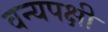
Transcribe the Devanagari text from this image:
वन्यपक्षी